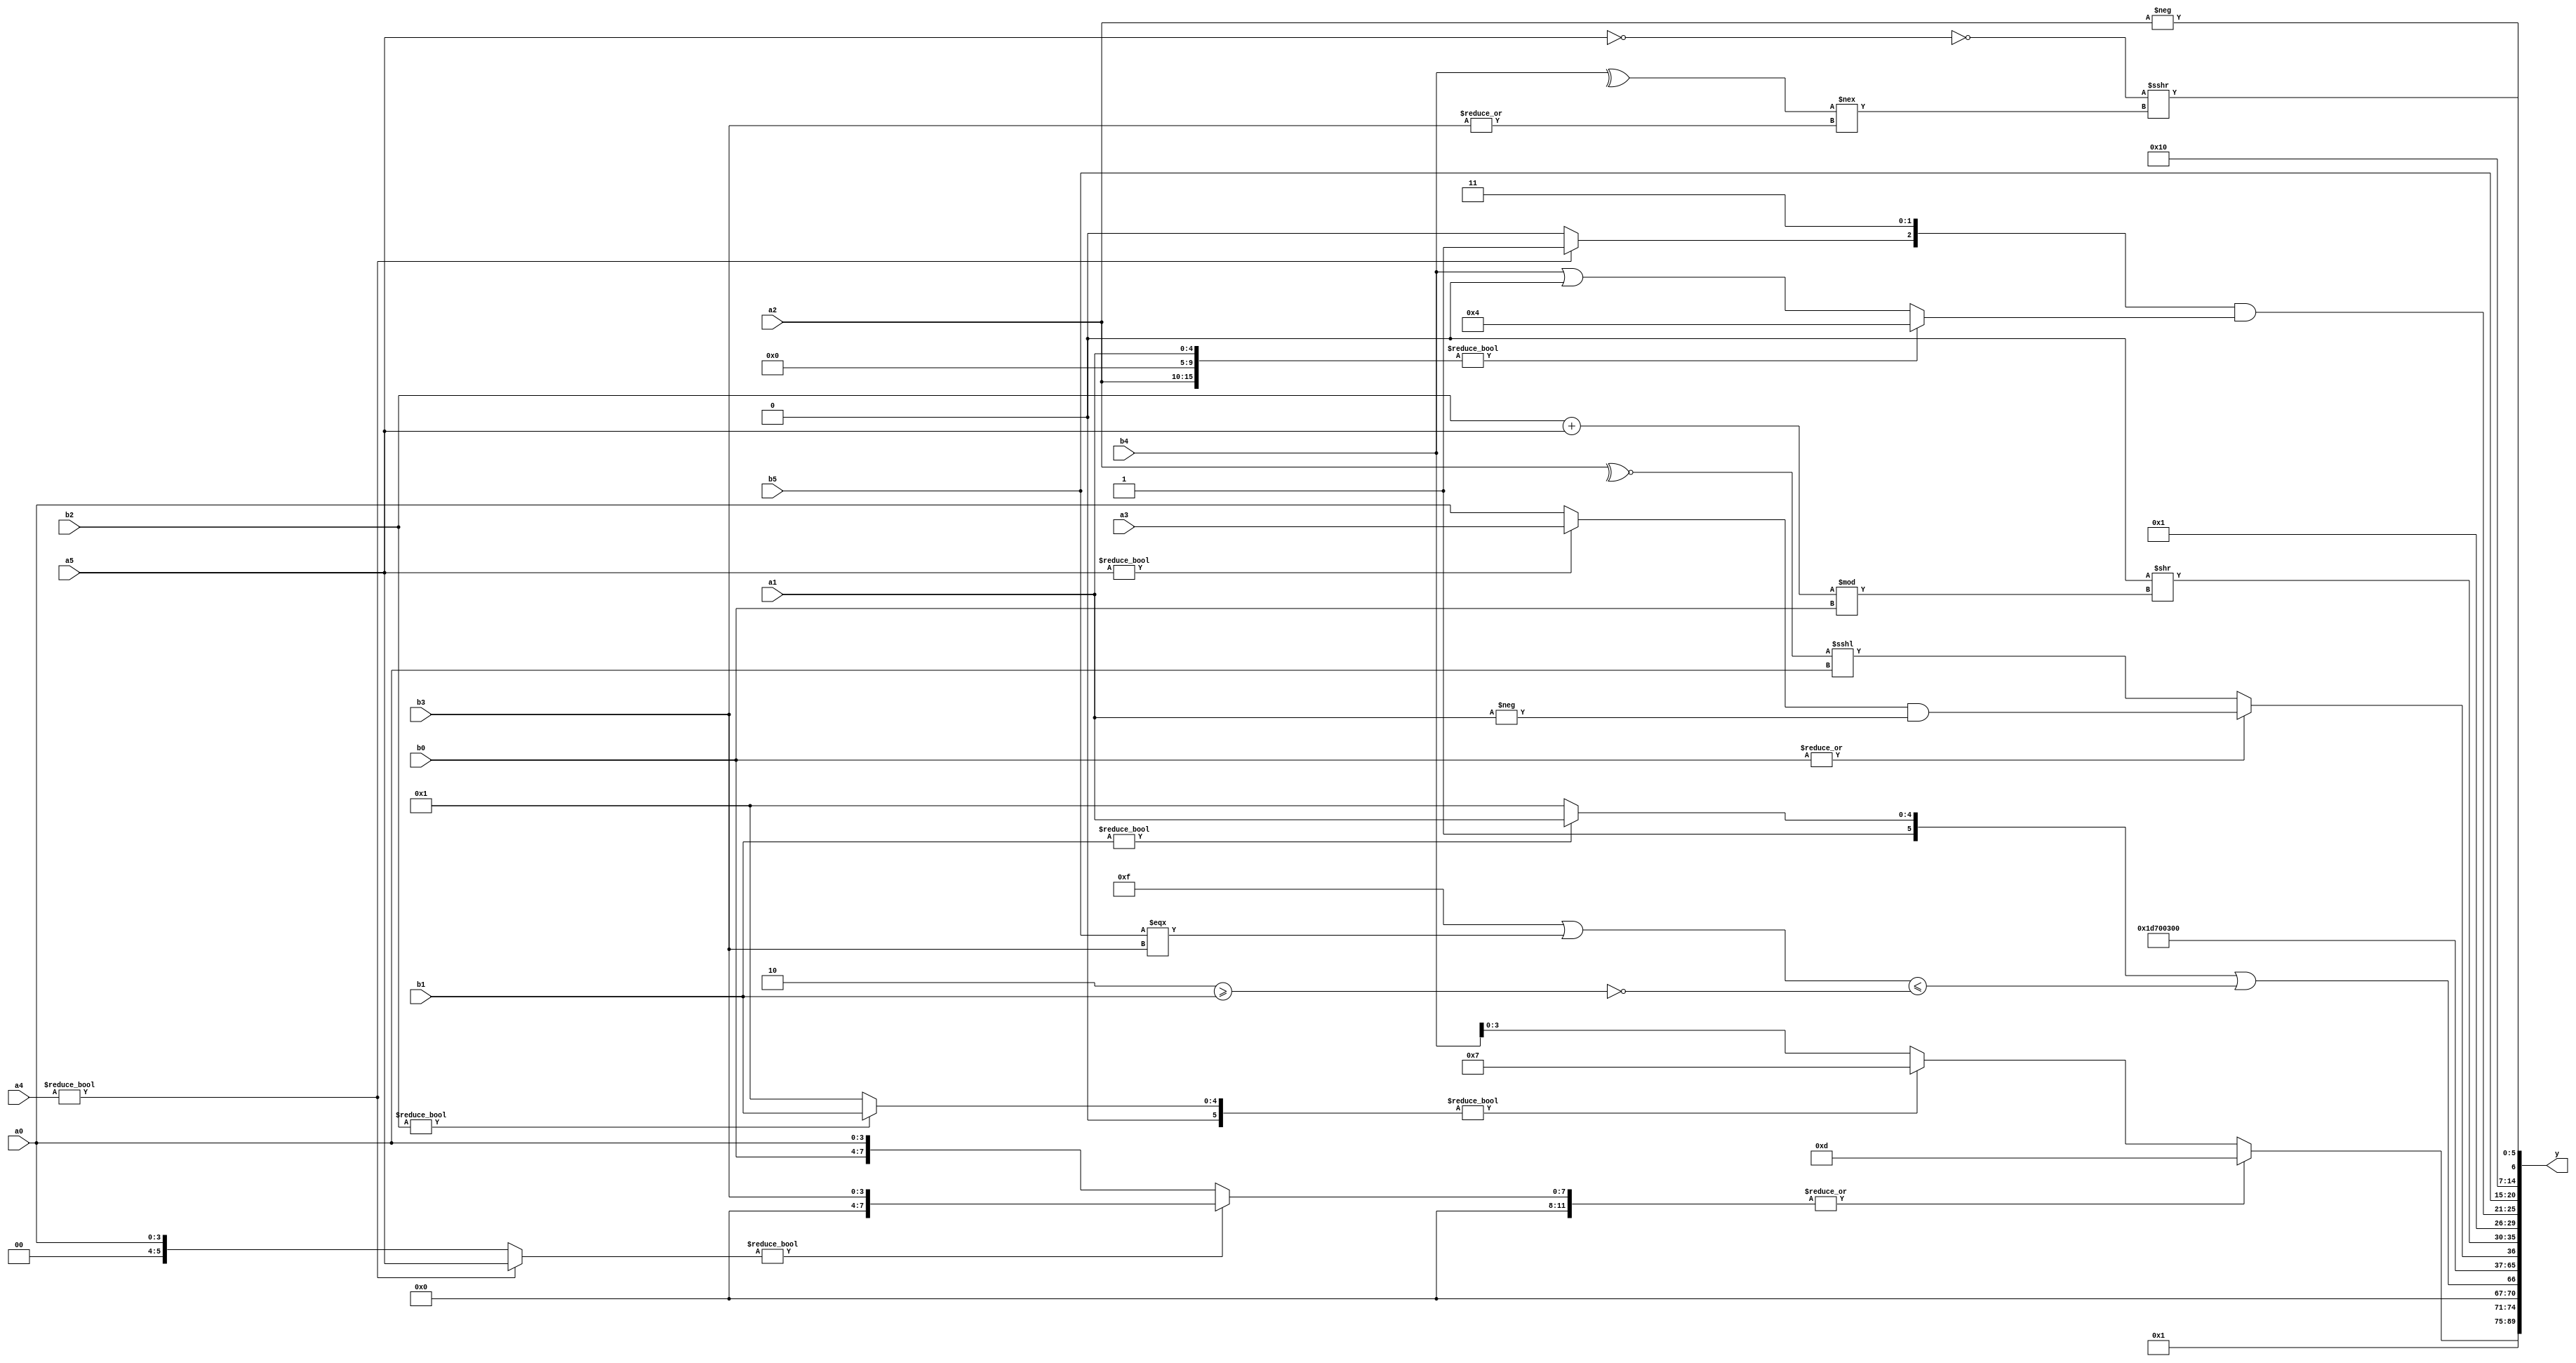
module expression_00912(a0, a1, a2, a3, a4, a5, b0, b1, b2, b3, b4, b5, y);
  input [3:0] a0;
  input [4:0] a1;
  input [5:0] a2;
  input signed [3:0] a3;
  input signed [4:0] a4;
  input signed [5:0] a5;

  input [3:0] b0;
  input [4:0] b1;
  input [5:0] b2;
  input signed [3:0] b3;
  input signed [4:0] b4;
  input signed [5:0] b5;

  wire [3:0] y0;
  wire [4:0] y1;
  wire [5:0] y2;
  wire signed [3:0] y3;
  wire signed [4:0] y4;
  wire signed [5:0] y5;
  wire [3:0] y6;
  wire [4:0] y7;
  wire [5:0] y8;
  wire signed [3:0] y9;
  wire signed [4:0] y10;
  wire signed [5:0] y11;
  wire [3:0] y12;
  wire [4:0] y13;
  wire [5:0] y14;
  wire signed [3:0] y15;
  wire signed [4:0] y16;
  wire signed [5:0] y17;

  output [89:0] y;
  assign y = {y0,y1,y2,y3,y4,y5,y6,y7,y8,y9,y10,y11,y12,y13,y14,y15,y16,y17};

  localparam [3:0] p0 = (~|((!(|{(((4'd1)==(3'd6))!==(~(-4'sd6)))}))>>>{(|(5'sd10)),(!(3'sd0)),((3'sd0)<<(4'd11))}));
  localparam [4:0] p1 = (-((|{2{{4{(5'd25)}}}})^~{4{(^(2'd0))}}));
  localparam [5:0] p2 = ({(3'd5)}<((-4'sd2)-(-5'sd9)));
  localparam signed [3:0] p3 = {{((-2'sd0)+(4'd11)),((2'd2)||(2'sd1))}};
  localparam signed [4:0] p4 = ((3'sd3)?(5'sd10):(2'd1));
  localparam signed [5:0] p5 = ((2'sd1)?(2'sd1):(4'd4));
  localparam [3:0] p6 = ((!(3'd0))-((3'd5)==((3'd4)?(2'd0):(4'd5))));
  localparam [4:0] p7 = (4'd2 * {1{((4'd6)>=(4'd4))}});
  localparam [5:0] p8 = {{(3'd3),(3'sd3),(2'sd0)},((-5'sd11)|(2'd1))};
  localparam signed [3:0] p9 = (~|(4'sd4));
  localparam signed [4:0] p10 = ({1{(-4'sd4)}}-(((3'd5)<(4'd2))>={1{(-3'sd0)}}));
  localparam signed [5:0] p11 = {4{{((-3'sd0)|(3'd4))}}};
  localparam [3:0] p12 = (3'd0);
  localparam [4:0] p13 = (-((-5'sd0)?(4'd6):(!(&(2'd3)))));
  localparam [5:0] p14 = (^{3{(~&(3'd7))}});
  localparam signed [3:0] p15 = ((5'd2)||((2'sd0)!==(-4'sd3)));
  localparam signed [4:0] p16 = (!((((5'sd11)?(5'sd7):(-2'sd1))/(4'sd1))>>(((5'd4)?(2'sd1):(4'sd3))%(3'd4))));
  localparam signed [5:0] p17 = ((((5'd20)-(4'd9))<<<{3{(-3'sd1)}})&({4{(-4'sd1)}}&((-4'sd5)===(5'd3))));

  assign y0 = $unsigned((2'd0));
  assign y1 = ((5'd18)==(~(3'sd2)));
  assign y2 = (^p3);
  assign y3 = ((|((a4?a5:a0)?(b3):{p9,b0,a0}))?$unsigned((4'd13)):((b2?b1:p2)?{4{p3}}:{1{b4}}));
  assign y4 = ({((p8||p14)^~(|p15)),(b1?a1:p6)}||(((p9^~p9)|(b5===b3))<=(~|(&(p1>=b1)))));
  assign y5 = (~(3'd5));
  assign y6 = (~(|(5'sd3)));
  assign y7 = {(({b0}-(b3>>p3))>($unsigned($unsigned({3{p0}})))),$unsigned({4{{1{p12}}}})};
  assign y8 = (-(-(4'd3)));
  assign y9 = {((p4?p3:a5)!=(p17?p1:p5)),(p7?p14:p9),(2'sd0)};
  assign y10 = ({3{(~|b0)}}?{1{(+((~^a2)<<<(a0)))}}:((a5?a3:a0)&&(-$unsigned(a1))));
  assign y11 = ($unsigned($signed((~&((3'd5)>(p7-p7)))))>>((b2+a5)%b0));
  assign y12 = {((4'd2 * p0)||{p9,p3}),({4{p13}}>>>{p10,a0,p13}),((p5&&p15)+(p17<<p10))};
  assign y13 = ({(a4?p0:p16),(p0!=p1),(~^p16)}&({a2,p13,a1}?{p11}:(b4|p16)));
  assign y14 = {{{1{{{3{a0}},{p12},(p13?p16:p11)}}}},{1{{2{(p7?b5:p2)}}}}};
  assign y15 = (|{{(&((p14&&b5)||(~^p4))),{{b1,p1},{p15,p9}},({a3,p11,a1}<{(~&b1)})}});
  assign y16 = (+(+(^(&((|(^(-(|(~|(!a5))))))>>>(~(~((^b4)!==(|b3)))))))));
  assign y17 = {(a4?a3:a4),(~&p16),(-a2)};
endmodule